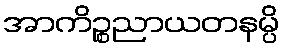
အာကိဉ္စညာယတနမ္ပိ